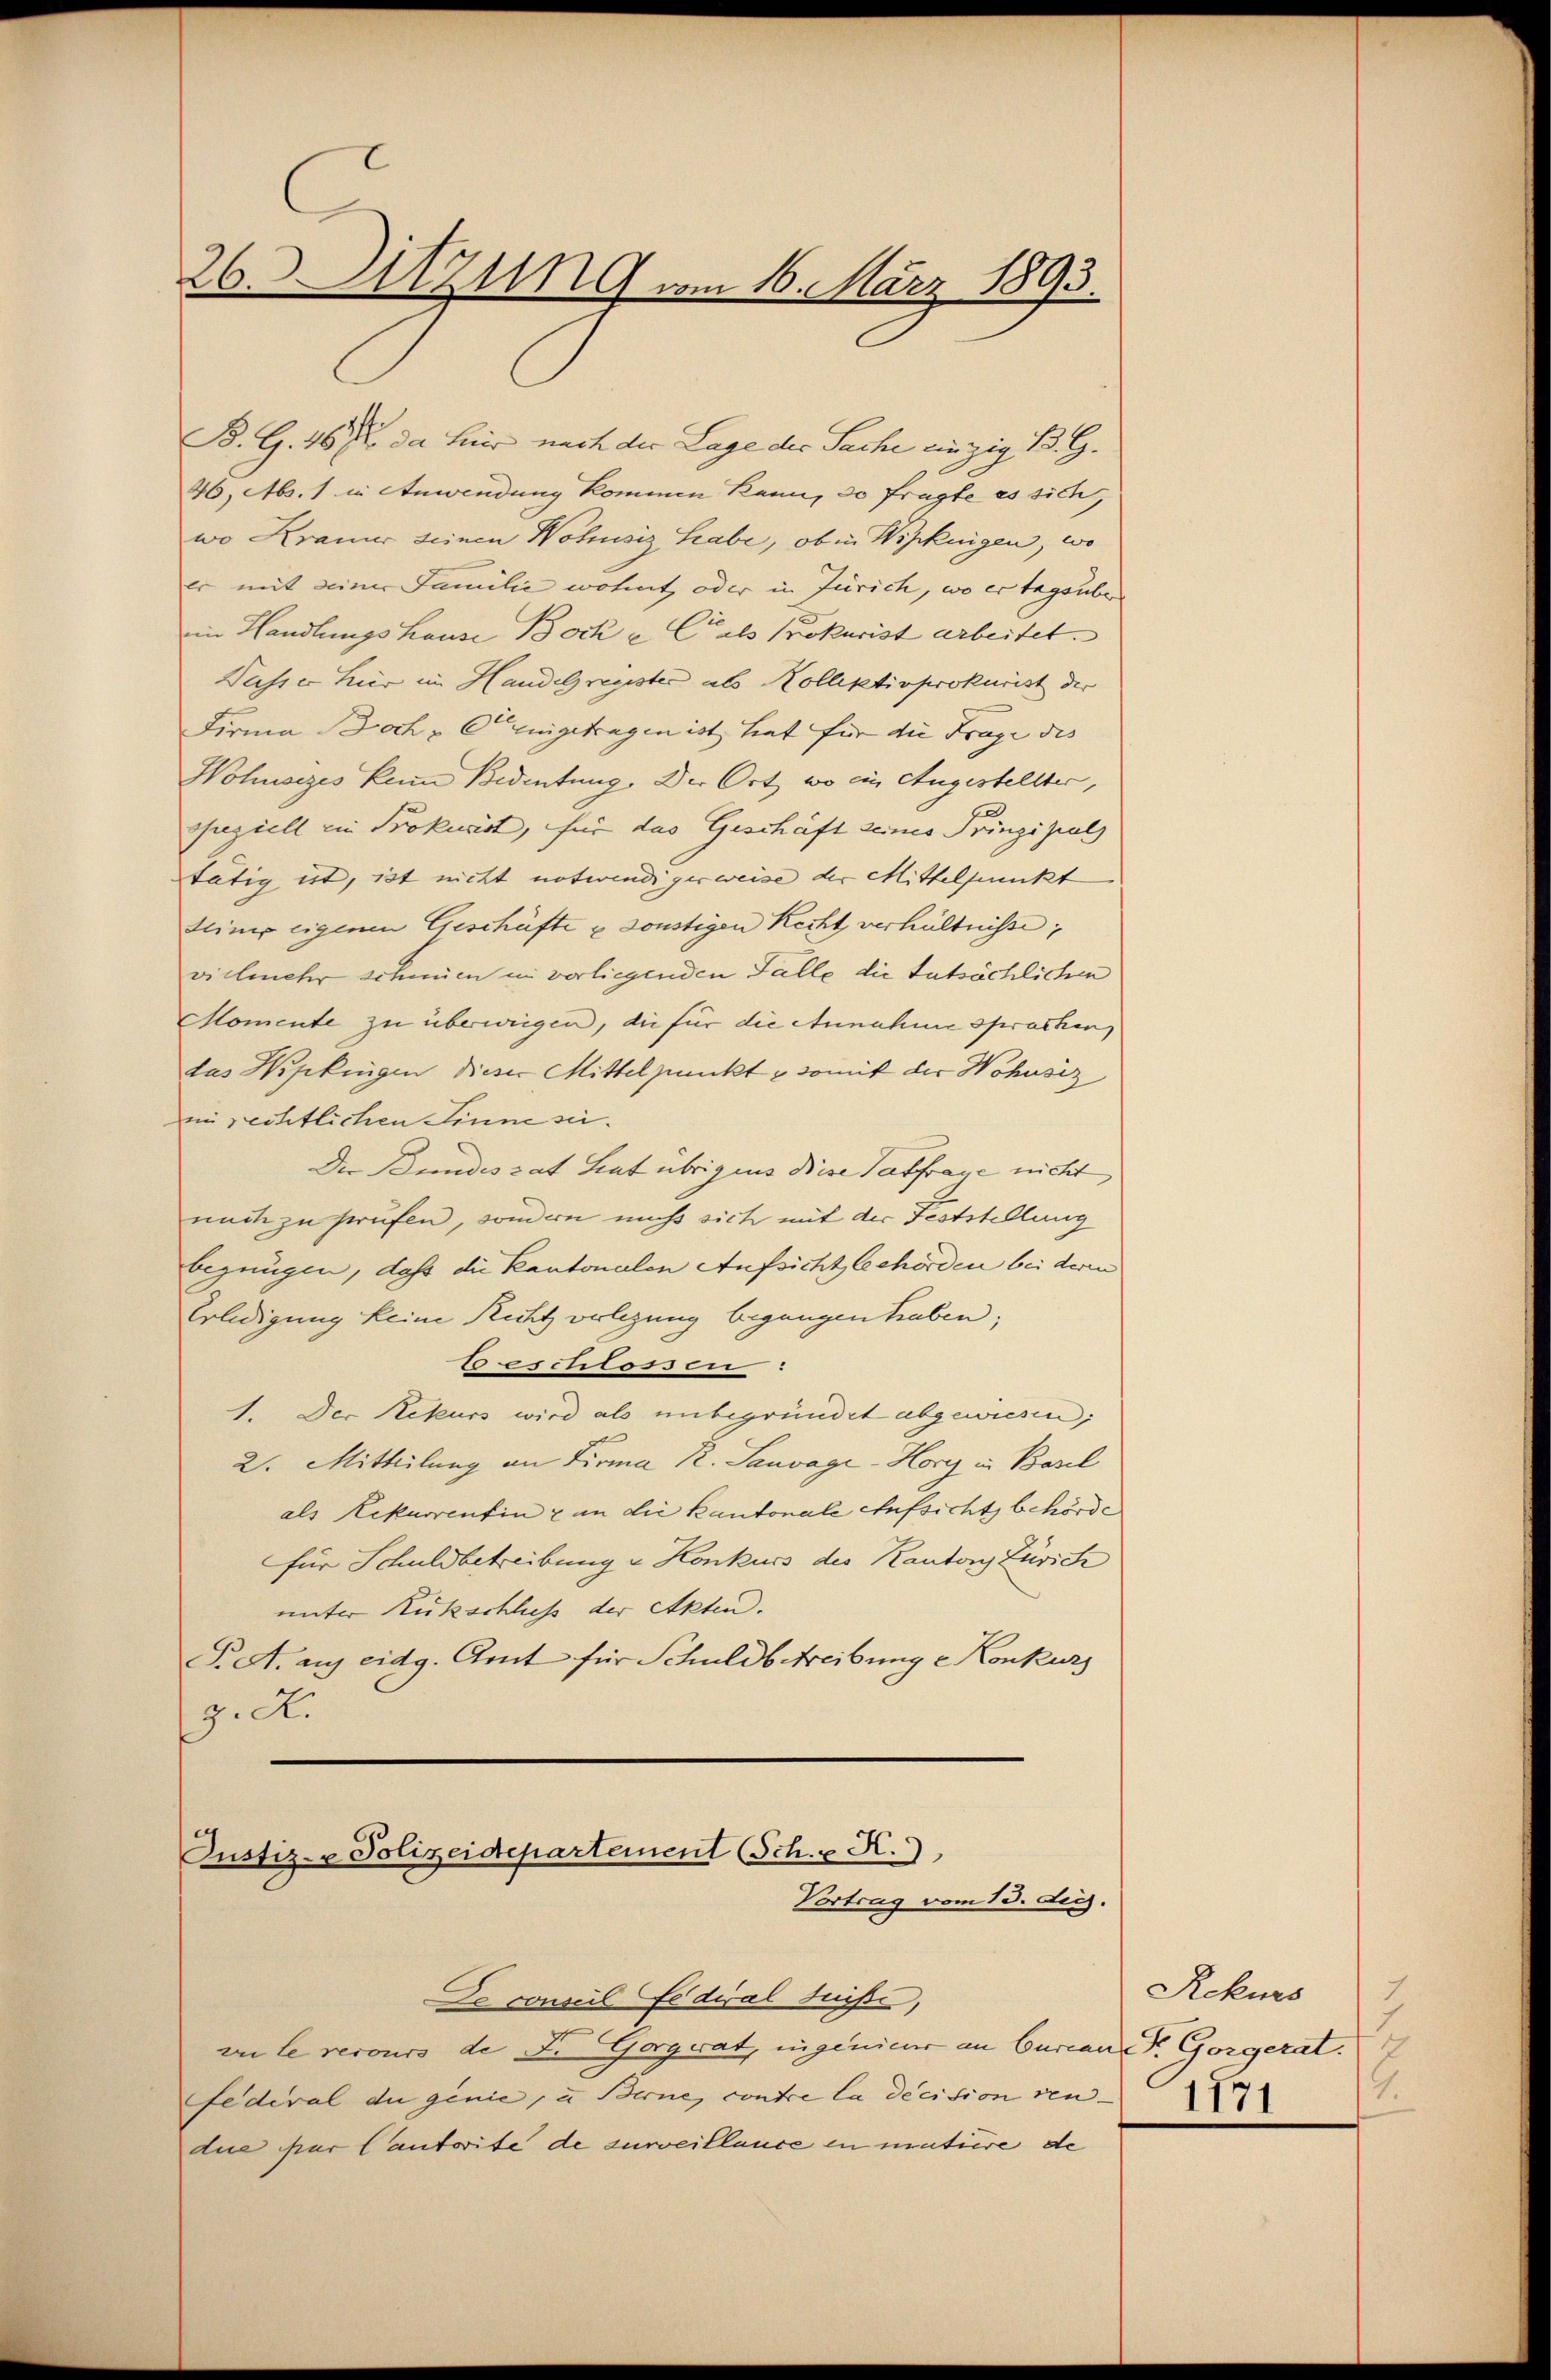
26MZUG vom 16. März 1893.

B. G. 467 da hier nach der Lage der Sache einzig B. G.
46, Abs. 1 in Anwendung kommen kann, so fragte es sich,
wo Kranus seinen Wohnsiz habe, ob in Wipkingen, wo
er mit einer Familie wohnt, oder in Zürich, wo er tagsüber
im Handlungs Hause Bock u C als Prokurist arbeitet.
Dasse Kur im Handereÿster als Kollektivprokurist der
Firma Boch u. eingetragen ist hat für die Frage des
Wohnsezes kein Bedeutung. Der Ort, wo ein Angestellter,
speziell ein Prokurist, für das Geschäft seines Prinzipiel
tätig ist, ist nicht notwendigerweise der Mittelpunkt
Seine eigenen Geschäfte u sonstigen Recht verhältnisse,
vielmehr schien in vorliegenden Falle die tatsächlichen
Momente zu überwiegen, die für die Annahme sprachen
das Wipkingen dieser Mittelpunkt & somit der Wohnsiz
ii rechtlichen Sinne sei.
Die Bundesrat Leut übrigens diese Tatfrage nicht
nach zu prüfen, sondern muss sich mit der Feststellung
begnügen, daß die Kantonalen Aufsicht behörden bei der
Erledigung keine Richt verlegung begangen haben;
beschlossen:
1. Der Rekurs wird als unbegründet abgewiesen;
2. Mitteilung an Firma R. Sauvage-Hory in Basel
als Rekurrentin & an die Kantonale Aufsicht behörde
für Schuldbetreibung u Konkurs des Kanton Zürich
unter Rückschluß der Akten.
T. A. aus eidg. Amt für Schuldbetreibung e Konkurs
g. A.

Justiz- u Polizeidepartement (Sch. K.
Vortrag vom 13. dez.

De conseil Fidial suise,
vu le recours de F. Gorgwat, ingenieur an Curau Dr. Gorgerat.
Fedival du genie, u. Berne, contre la decision den
due per Cantorite de surveillance in mature de

Rekurs
4.
1771